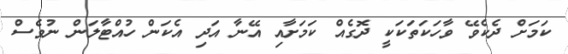
ކަމަށް ދެކެވޭ ވާހަކަތަކަކީ ދޮގެއް ކަމަށާއި އޭނާ އަދި އެކަން ހުއްޓާލަން ނުވެސް